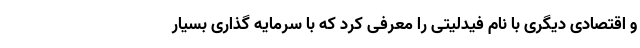
و اقتصادی دیگری با نام فیدلیتی را معرفی کرد که با سرمایه گذاری بسیار